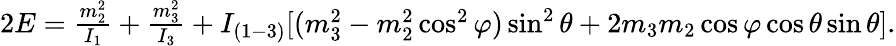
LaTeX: \begin{array}{r}{2E=\frac{m_{2}^{2}}{I_{1}}+\frac{m_{3}^{2}}{I_{3}}+I_{(1-3)}[(m_{3}^{2}-m_{2}^{2}\cos^{2}\varphi)\sin^{2}\theta+2m_{3}m_{2}\cos\varphi\cos\theta\sin\theta].}\end{array}